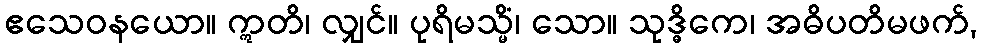
ဧသေဝနယော။ ဣတိ၊ လျှင်။ ပုရိမသ္မိံ၊ သော။ သုဒ္ဓိကေ၊ အဓိပတိမဖက်,